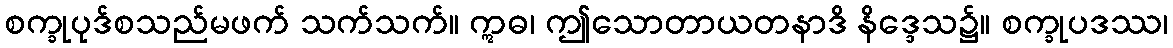
စက္ခုပုဒ်စသည်မဖက် သက်သက်။ ဣဓ၊ ဤသောတာယတနာဒိ နိဒ္ဒေသ၌။ စက္ခုပဒဿ၊